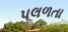
પલળતા